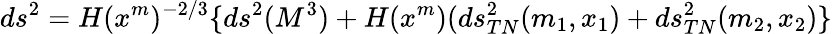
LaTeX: ds^{2}=H(x^{m})^{-2/3}\lbrace ds^{2}(M^{3})+H(x^{m})(ds_{TN}^{2}(m_{1},x_{1})+ds_{TN}^{2}(m_{2},x_{2})\rbrace